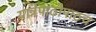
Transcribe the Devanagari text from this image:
यात्रेपाठोपाठच